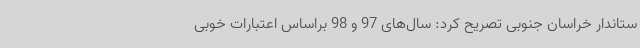
ستاندار خراسان جنوبی تصریح کرد: سال‌های 97 و 98 براساس اعتبارات خوبی